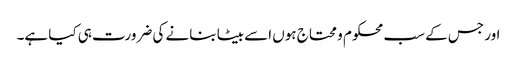
اور جس کے سب محکوم و محتاج ہوں اسے بیٹا بنانے کی ضرورت ہی کیا ہے۔